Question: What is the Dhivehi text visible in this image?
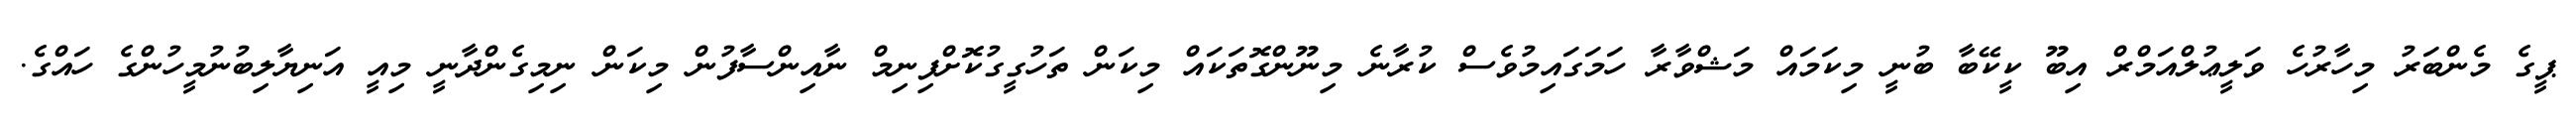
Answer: ޕީގެ މެންބަރު މިހާރުހެ ވަލީޢުލްއަމްރް އިބޫ ކީކޭބާ ބުނީ މިކަމައް މަޝްވާރާ ހަމަގައިމުވެސް ކުރާނެ މިނޫންގޮތަކައް މިކަން ތަހުގީގުކޮށްފިނިމް ނާއިންސާފުން މިކަން ނިމިގެންދާނީ މިއީ އަނިޔާލިބުނުމީހުންގެ ހައްގެ.